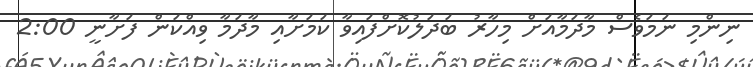
ނިންމި ނަމަވެސް މާދަމާއަށް މިހާރު ބަދަލުކޮށްފައިވާ ކަމަށާއި މާދަމާ ވިއްކަން ފަށާނީ 2:00